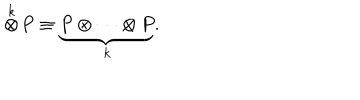
LaTeX: \stackrel { k } { \otimes } \! P \equiv \underbrace { P \otimes \cdots \otimes P } _ { k } .